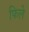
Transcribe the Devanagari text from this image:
फिले